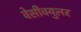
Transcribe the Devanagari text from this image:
वेसीक्युलर